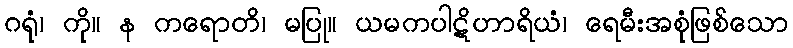
ဂရုံ၊ ကို။ န ကရောတိ၊ မပြု။ ယမကပါဋိဟာရိယံ၊ ရေမီးအစုံဖြစ်သော